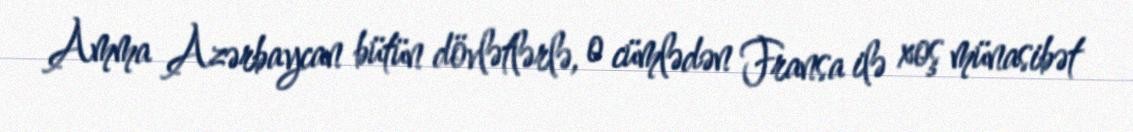
Amma Azərbaycan bütün dövlətlərlə, o cümlədən Fransa ilə xoş münasibət